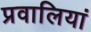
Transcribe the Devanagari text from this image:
प्रवालियां